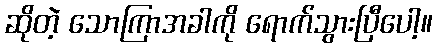
ဆိုတဲ့ သောကြာအခါကို ရောက်သွားပြီပေါ့။